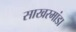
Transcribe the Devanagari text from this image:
साखरमांडा